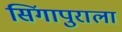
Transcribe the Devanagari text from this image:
सिंगापुराला